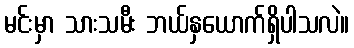
မင်းမှာ သားသမီး ဘယ်နှယောက်ရှိပါသလဲ။